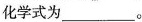
化学式为________。